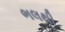
ભલથી